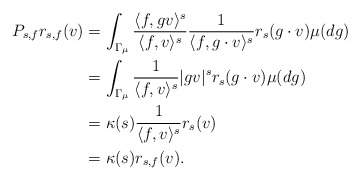
\begin{align*}P_{s, f} r_{s, f}(v) & = \int_{\Gamma_{\mu}} \frac{\langle f, g v \rangle^s}{\langle f, v \rangle^s} \frac{1}{\langle f, g \cdot v \rangle^s} r_s(g \cdot v) \mu(dg) \\ & = \int_{\Gamma_{\mu}} \frac{1}{\langle f, v \rangle^s} |gv|^s r_s(g \cdot v) \mu(dg) \\ & = \kappa(s) \frac{1}{\langle f, v \rangle^s} r_s(v) \\& = \kappa(s) r_{s, f}(v). \end{align*}